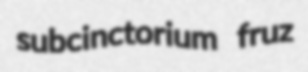
subcinctorium fruz